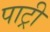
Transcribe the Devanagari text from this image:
पाट्री